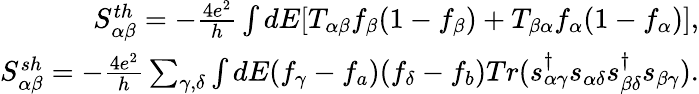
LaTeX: \begin{array}{r}{{S_{\alpha\beta}^{th}=-\frac{4e^{2}}{h}\int dE[T_{\alpha\beta}f_{\beta}(1-f_{\beta})+T_{\beta\alpha}f_{\alpha}(1-f_{\alpha})]},}\\ {{S_{\alpha\beta}^{sh}=-\frac{4e^{2}}{h}\sum_{\gamma,\delta}\int dE(f_{\gamma}-f_{a})(f_{\delta}-f_{b})Tr(s_{\alpha\gamma}^{\dagger}s_{\alpha\delta}s_{\beta\delta}^{\dagger}s_{\beta\gamma})}.}\end{array}